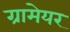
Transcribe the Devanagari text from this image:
ग्रामेयर